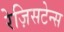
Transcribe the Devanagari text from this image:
रेज़िसटेन्स